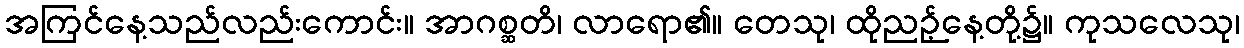
အကြင်နေ့သည်လည်းကောင်း။ အာဂစ္ဆတိ၊ လာရော၏။ တေသု၊ ထိုညဉ့်နေ့တို့၌။ ကုသလေသု၊